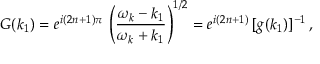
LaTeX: { \cal G } ( k _ { 1 } ) = e ^ { i ( 2 n + 1 ) \pi } \, \left( \frac { \omega _ { k } - k _ { 1 } } { \omega _ { k } + k _ { 1 } } \right) ^ { 1 / 2 } = e ^ { i ( 2 n + 1 ) } \, [ g ( k _ { 1 } ) ] ^ { - 1 } \, ,